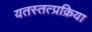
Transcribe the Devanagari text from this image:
यतस्तत्प्रक्रिया